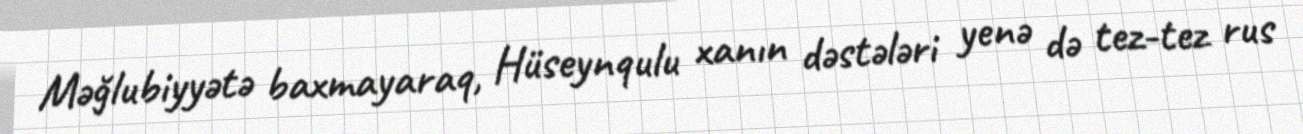
Məğlubiyyətə baxmayaraq, Hüseynqulu xanın dəstələri yenə də tez-tez rus